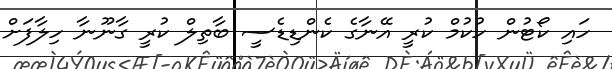
ހައި ކޯޓުން ހުކުމް ކުރީ އޭނާގެ ކެންޑިޑެސީ ބާތިލް ކުރީ ގާނޫނާ ހިލާފަށް